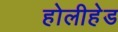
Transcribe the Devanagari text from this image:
होलीहेड